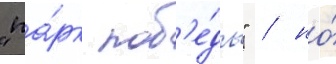
"па́рк поб'е́ды" / но́